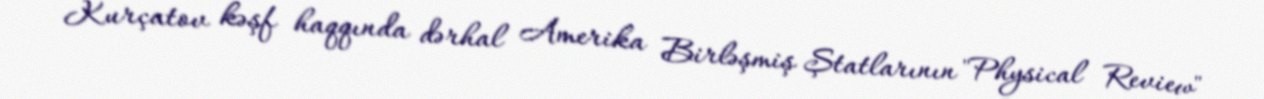
Kurçatov kəşf haqqında dərhal Amerika Birləşmiş Ştatlarının "Physical Review"